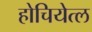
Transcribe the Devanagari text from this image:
होचियेत्ल